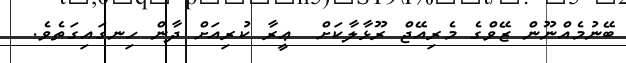
ބޭނުމެއްނޫން ޒޭވްގެ މެރިއޭޖް ރޫޅާލާކަށް  ޢީރާ ކުރިއަށް ދާން ހިނގައިގަތެވެ.